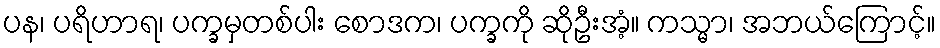
ပန၊ ပရိဟာရ၊ ပက္ခမှတစ်ပါး စောဒက၊ ပက္ခကို ဆိုဦးအံ့။ ကသ္မာ၊ အဘယ်ကြောင့်။